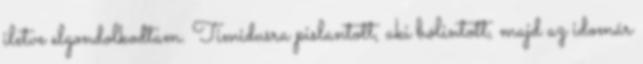
iletve elgondolkodtam. Timidusra pislantott, aki bólintott, majd az idomár